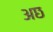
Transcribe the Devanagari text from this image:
अछ